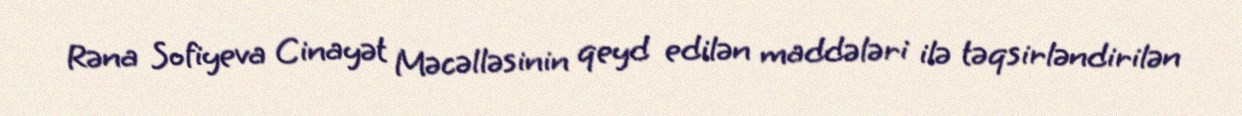
Rəna Sofiyeva Cinayət Məcəlləsinin qeyd edilən maddələri ilə təqsirləndirilən